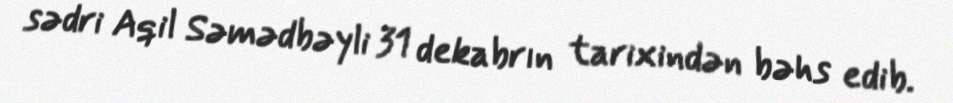
sədri Aqil Səmədbəyli 31 dekabrın tarixindən bəhs edib.